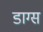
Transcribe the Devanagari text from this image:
डाग्स